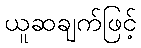
ယူဆချက်ဖြင့်